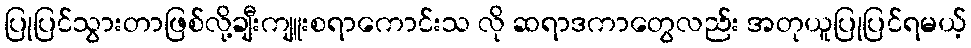
ပြုပြင်သွားတာဖြစ်လို့ချီးကျူးစရာကောင်းသ လို ဆရာဒကာတွေလည်း အတုယူပြုပြင်ရမယ့်